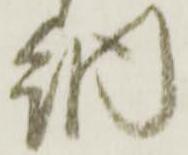
納